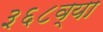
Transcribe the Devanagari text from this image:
३६८व्या